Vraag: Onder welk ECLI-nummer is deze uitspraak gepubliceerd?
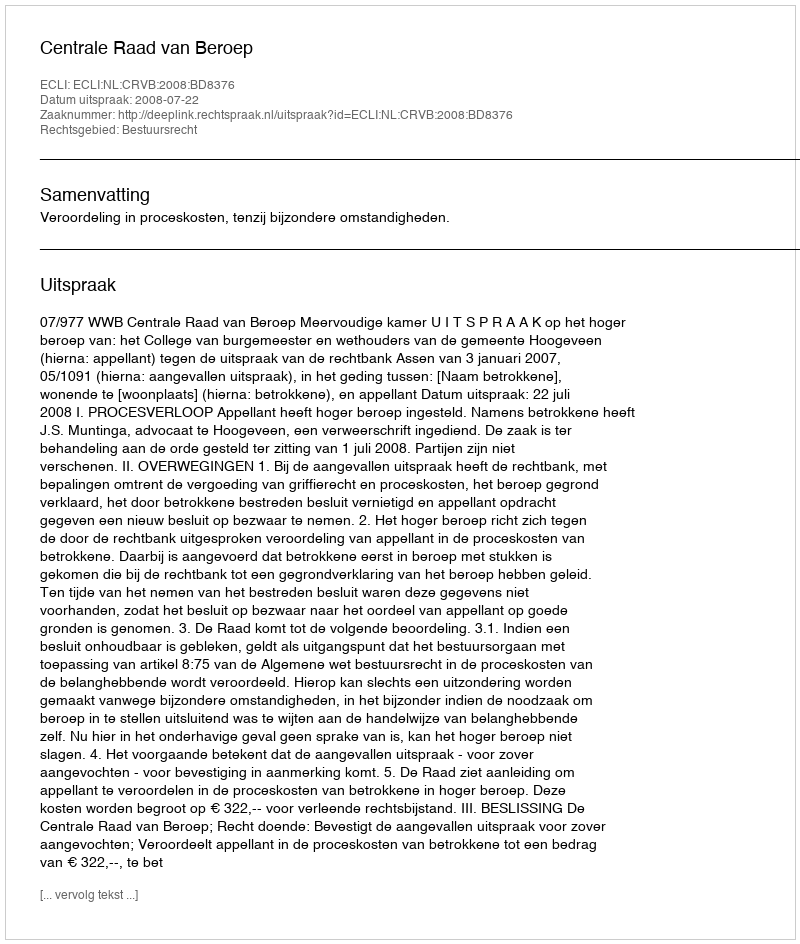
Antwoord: ECLI:NL:CRVB:2008:BD8376